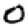
Digit: 0